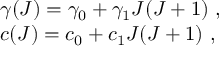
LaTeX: \begin{array} { l } { { \gamma ( J ) = \gamma _ { 0 } + \gamma _ { 1 } J ( J + 1 ) ~ , } } \\ { { c ( J ) = c _ { 0 } + c _ { 1 } J ( J + 1 ) ~ , } } \end{array}